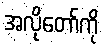
အလိုတော်ကို